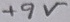
Text: +9V